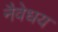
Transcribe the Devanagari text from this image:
नैवेधय